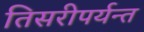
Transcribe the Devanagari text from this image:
तिसरीपर्यन्त